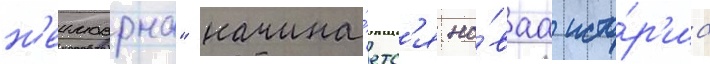
н'еимоврна" начина́етс'я но́ваа исто́р'иа